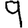
Digit: 9